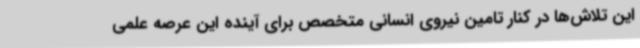
این تلاش‌ها در کنار تامین نیروی انسانی متخصص برای آینده این عرصه علمی